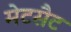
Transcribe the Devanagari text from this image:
मेटसैट